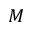
M